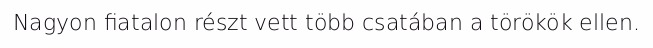
Nagyon fiatalon részt vett több csatában a törökök ellen.